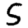
Digit: 5